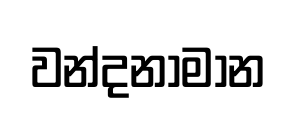
වන්දනාමාන